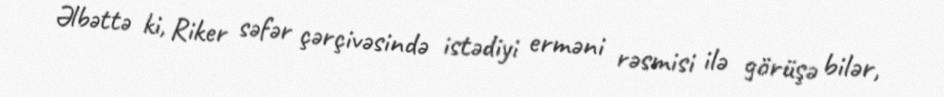
Əlbəttə ki, Riker səfər çərçivəsində istədiyi erməni rəsmisi ilə görüşə bilər,